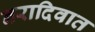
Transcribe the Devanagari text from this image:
नरादिवात